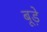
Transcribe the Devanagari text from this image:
बूड़े